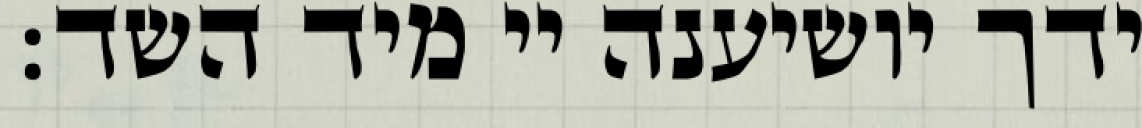
ידך יושיענה יי מיד השד: